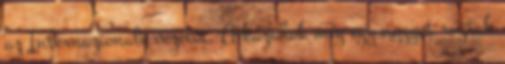
az Internazionale vezetői. A kazahok még egy nagyot rúgtak